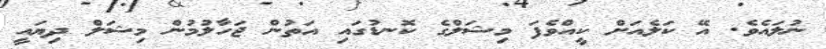
ނުލައެވެ. އޭ ކަލެއަށް ކީއްވެފަ މިޝަލްގެ ކޮނޑުގައި އަތުން ޖަހާލުމުން މިޝަލް ދިޔައީ